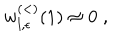
w _ { l , \epsilon } ^ { ( < ) } ( 1 ) \approx 0 \; ,